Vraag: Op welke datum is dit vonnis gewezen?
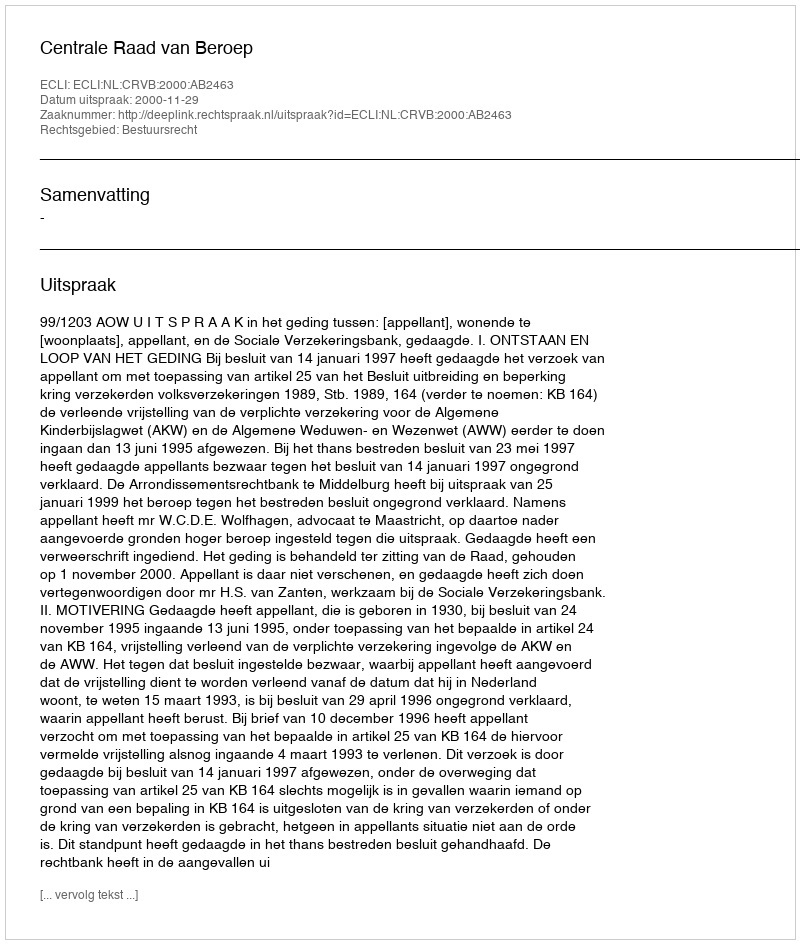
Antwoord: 2000-11-29